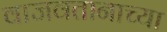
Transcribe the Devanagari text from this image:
वाजवतानाच्या